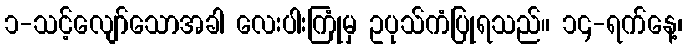
၁-သင့်လျော်သောအခါ လေးပါးကြုံမှ ဥပုသ်ကံပြုရသည်။ ၁၄-ရက်နေ့၊